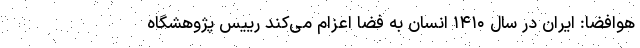
هوافضا: ایران در سال ۱۴۱۰ انسان به فضا اعزام می‌کند رییس پژوهشگاه